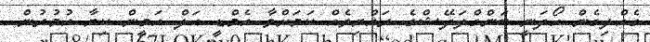
ގެއްލިގެން ހޯދަނީ ބަންގްލަދޭޝްގެ ރައްޔިތެއް ކަމަށްވާ އެމްޑީ އަލް އަމީން ކިޔާ އުމުރުން